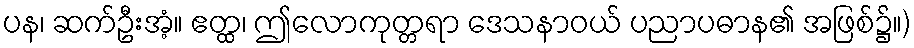
ပန၊ ဆက်ဦးအံ့။ ဧတ္ထ၊ ဤလောကုတ္တရာ ဒေသနာဝယ် ပညာပဓာန၏ အဖြစ်၌။)